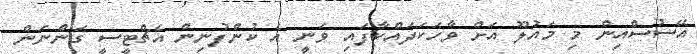
އޭސުސްއިން މި މައުލޫ އަށް ވާހަކަދައްކާފައި ވަނީ އެ ކުންފުނިން އެޗްޓީސީ ގަންނަން